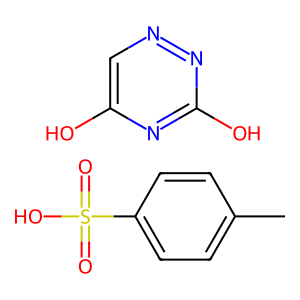
SMILES: Cc1ccc(S(=O)(=O)O)cc1.Oc1cnnc(O)n1
Inhibits HIV replication: No